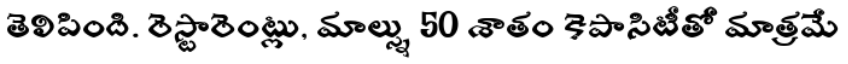
తెలిపింది. రెస్టారెంట్లు, మాల్స్ను 50 శాతం కెపాసిటీతో మాత్రమే